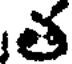
త